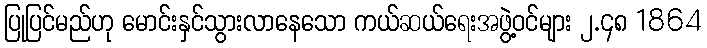
ပြုပြင်မည်ဟု မောင်းနှင်သွားလာနေသော ကယ်ဆယ်ရေးအဖွဲ့ဝင်များ ၂.၄၈ 1864